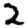
Digit: 2